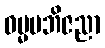
ဓမ္မမဘိဇညာ